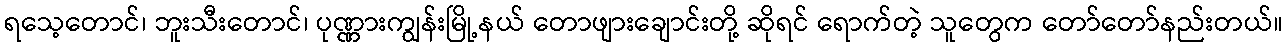
ရသေ့တောင်၊ ဘူးသီးတောင်၊ ပုဏ္ဏားကျွန်းမြို့နယ် တောဖျားချောင်းတို့ ဆိုရင် ရောက်တဲ့ သူတွေက တော်တော်နည်းတယ်။